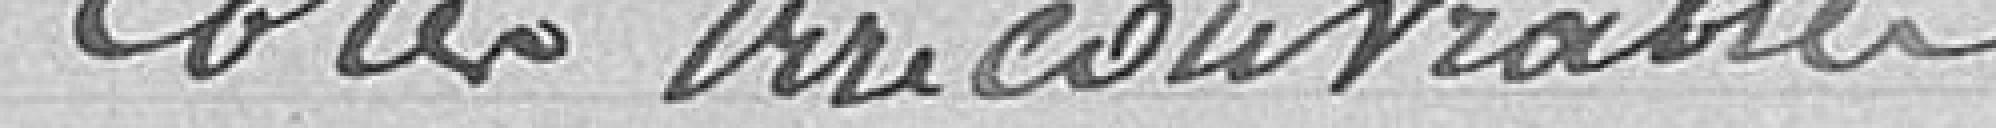
Cotes irrécouvrables